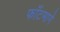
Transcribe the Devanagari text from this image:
फाँटमागे